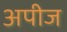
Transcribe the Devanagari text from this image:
अपीज